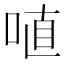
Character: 𠶗